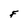
Character: F